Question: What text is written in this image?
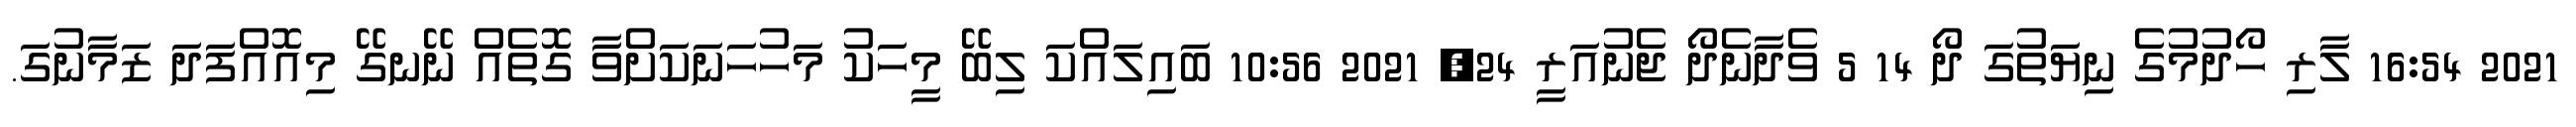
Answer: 2021 16:54 ލާރި ހޯދުމުގެ ނިޔަތުގަ ދޯ 14 5 ވެދާނެދޯ ޖެނުއަރީ 24, 2021 10:56 ބައިލައްކަ ލިބޭ މީހަކު މަހުހަނަކަށްވާ ގޮތެއް ނޭނގޭ މިއޮއްފަދަ ޒަމާނުގަ.